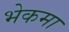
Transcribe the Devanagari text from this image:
भेकमा